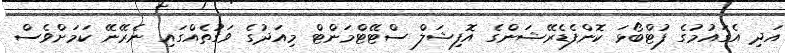
އަދި އެގައުމުގެ ފުޓްބޯޅަ ކޮންފެޑެރޭޝަންގެ އޮފިޝަލް ސްޓޭޓްމަންޓް މިއަދުގެ ވަގުތެއްގައި ނެރޭނޭ ކަމަށްވެސް